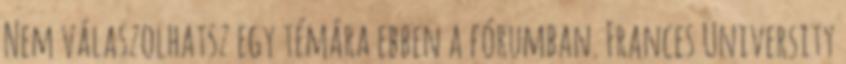
Nem válaszolhatsz egy témára ebben a fórumban. Frances University